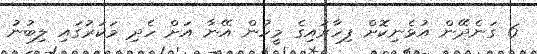
6 ގަނެދޭން އުޅެނިކޮށް ފިހާރައިގެ މީހުން އޭނާ އަށް ހެދި މަކަރުގައި ލިބުނު